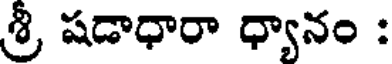
శ్రీ షడాధారా ధ్యానం :